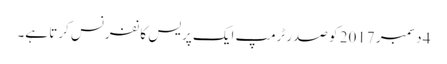
4 دسمبر 2017 کو صدر ٹرمپ ایک پریس کانفرنس کرتا ہے۔